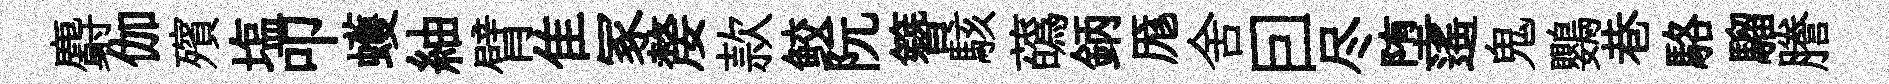
麝伽殯塩叩蠖紬臂隹冢嫠款鲛阮簪駭蘤鈵厖舍囙尽堕遥鬼鸚巷駱騮謄